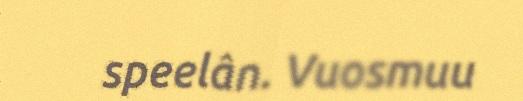
speelân. Vuosmuu